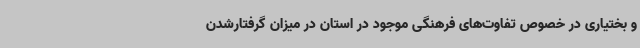
و بختیاری در خصوص تفاوت‌های فرهنگی موجود در استان در میزان گرفتارشدن